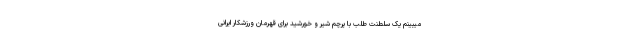
میبینم یک سلطنت طلب با پرچم شیر و خورشید برای قهرمان ورزشکار ایرانی